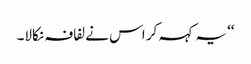
‘‘ یہ کہہ کر اس نے لفافہ نکالا۔